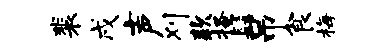
裴戌声刈款搔髻吊食梅